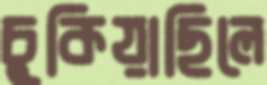
চুকিয়াছিলে